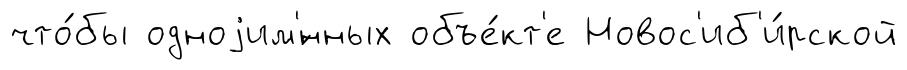
что́бы одноjим'́нных объе́кт'е Новос'иб'и́рской